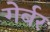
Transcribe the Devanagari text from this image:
गेर्बर